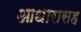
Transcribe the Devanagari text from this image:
आधारासह